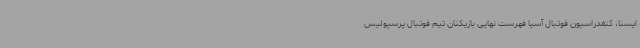
ایسنا، کنفدراسیون فوتبال آسیا فهرست نهایی بازیکنان تیم فوتبال پرسپولیس